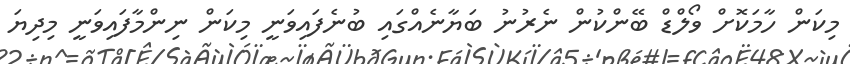
މިކަން ހާމަކޮށް ވޯލްޑް ބޭންކުން ނެރުނު ބަޔާނެއްގައި ބުނެފައިވަނީ މިކަން ނިންމާފައިވަނީ މިދިޔަ